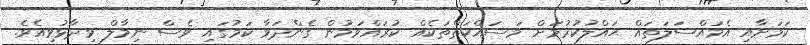
ކަމަށާއި އެމައްސަލަތައް ޙައްލުކުރުމަށް މަސައްކަތްތަކެއް ކުރައްވަމުން ގެންދަވާ ކަމުގައި ވެސް ނިމާލް ވިދާޅުވިއެވެ.